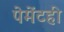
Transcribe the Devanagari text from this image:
पेमेंटही